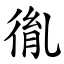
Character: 㣧